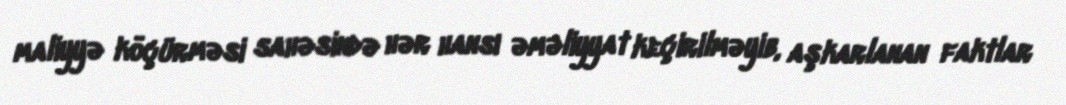
maliyyə köçürməsi sahəsində hər hansı əməliyyat keçirilməyib, aşkarlanan faktlar